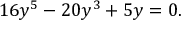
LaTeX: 1 6 y ^ { 5 } - 2 0 y ^ { 3 } + 5 y = 0 .